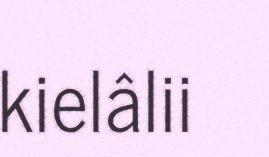
kielâlii